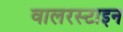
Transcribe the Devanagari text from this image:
वालरस्टाइन